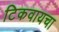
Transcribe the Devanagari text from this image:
टिकवायचा